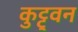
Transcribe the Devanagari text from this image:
कुट्टुवन